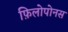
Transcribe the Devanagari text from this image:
फ़िलोपोनस